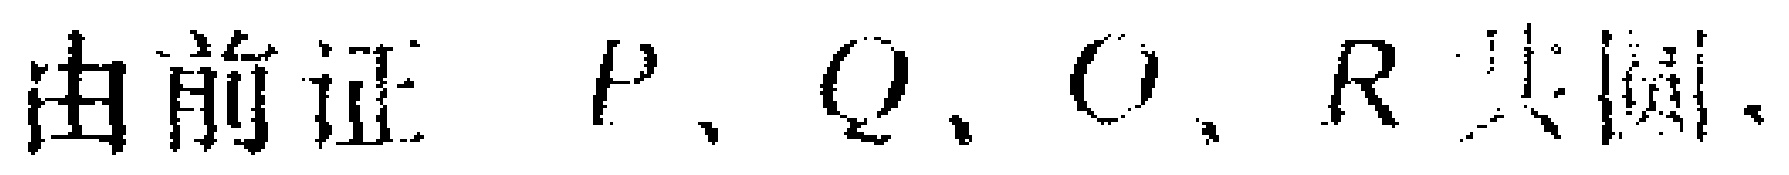
由前证 \(P、Q、O、R\) 共圆.